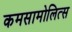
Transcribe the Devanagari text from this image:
कमसामोलित्स